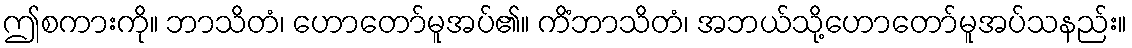
ဤစကားကို။ ဘာသိတံ၊ ဟောတော်မူအပ်၏။ ကိံဘာသိတံ၊ အဘယ်သို့ဟောတော်မူအပ်သနည်း။